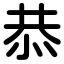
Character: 恭